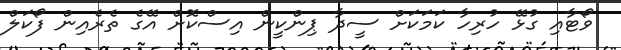
ވޯޓާއި ގުޅޭ ހުރިހާ ކަމަކަށް ސީދާ ޕިންކީން އިސްކޮށް އޭގެ ތެރެއިން ފޯކަލް